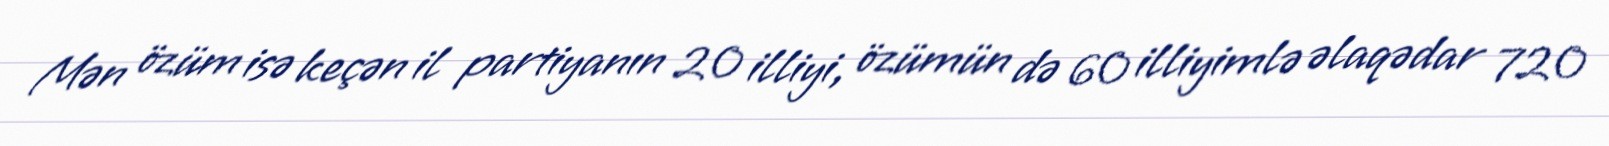
Mən özüm isə keçən il partiyanın 20 illiyi, özümün də 60 illiyimlə əlaqədar 720